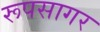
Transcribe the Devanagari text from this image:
रूपसागर